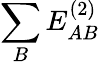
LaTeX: \sum_{B}E_{AB}^{(2)}